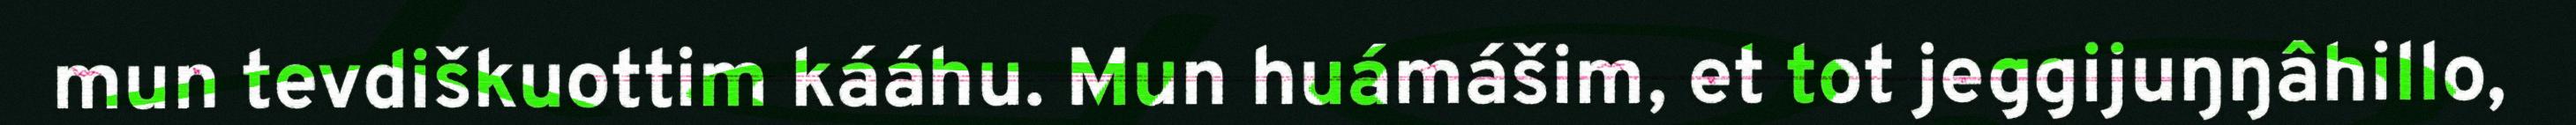
mun tevdiškuottim kááhu. Mun huámášim, et tot jeggijuŋŋâhillo,